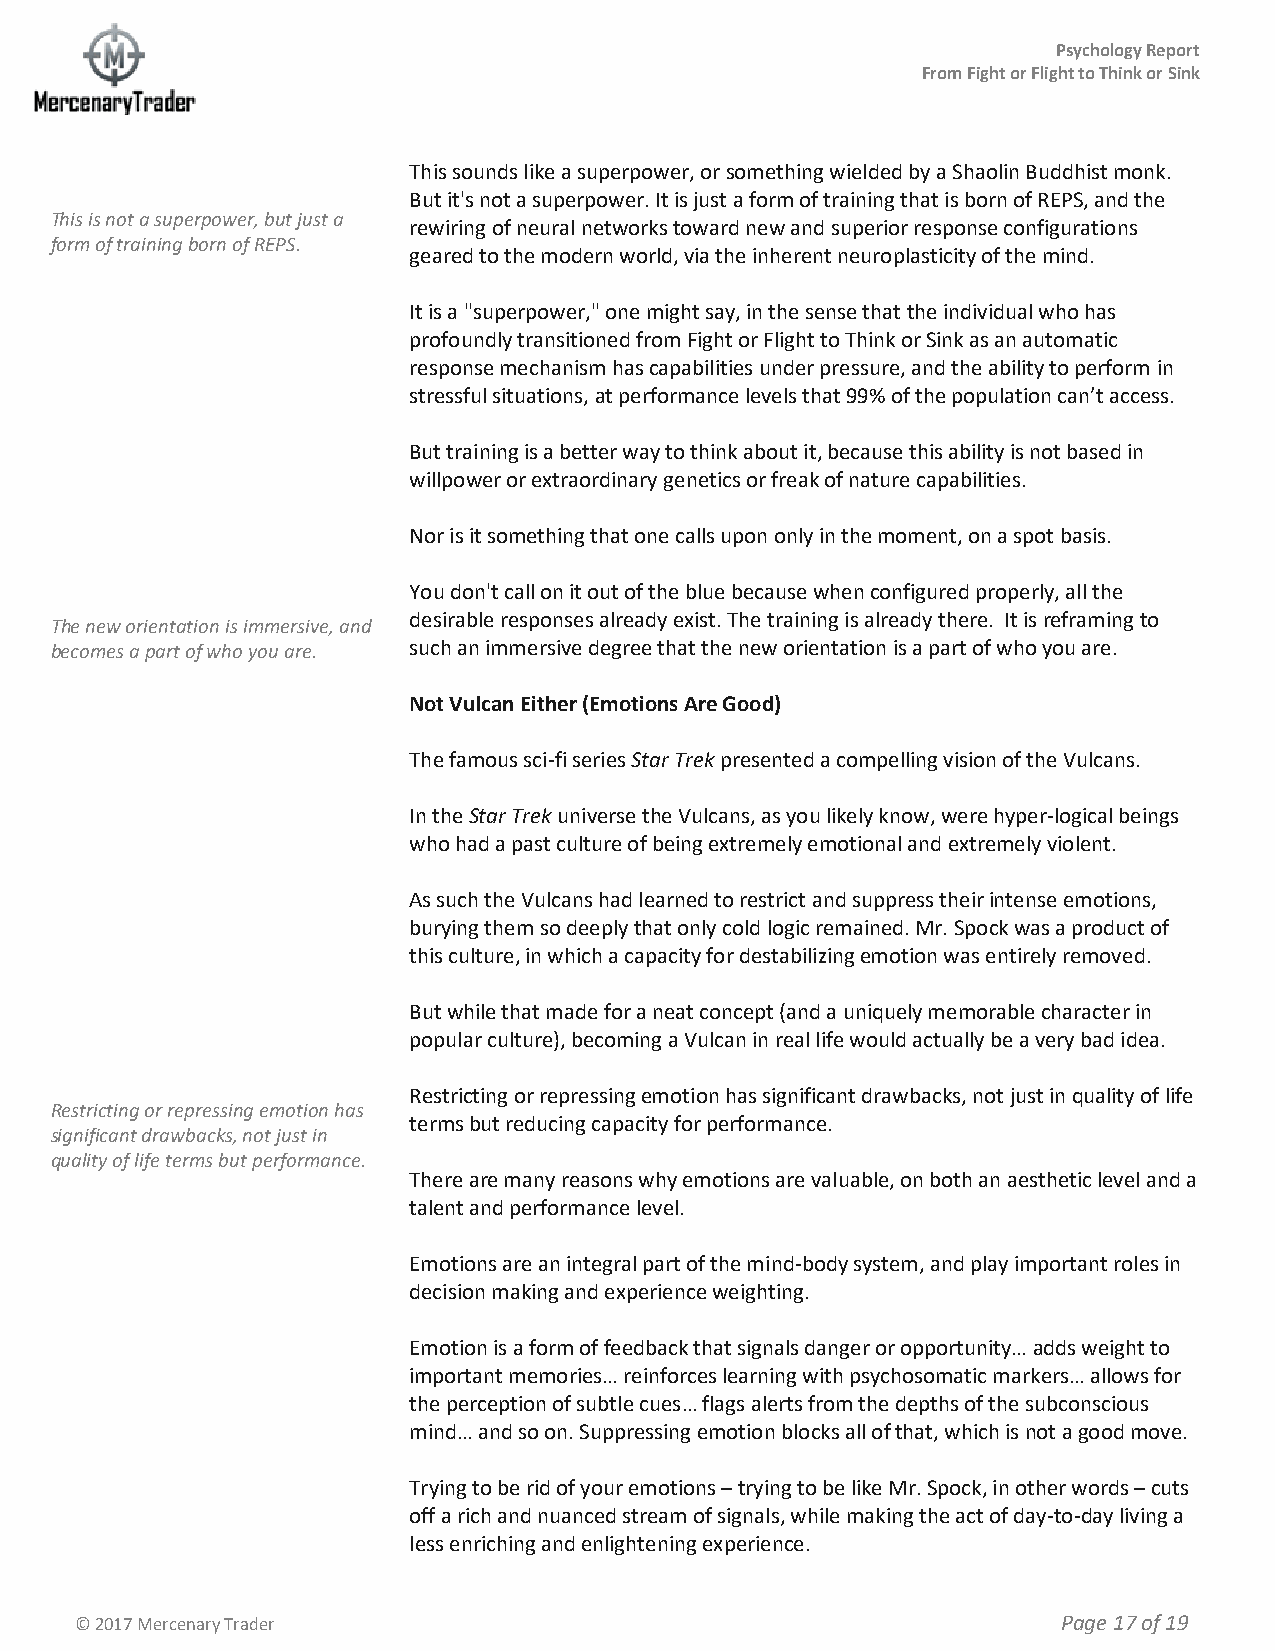
Psychology Report
 From Fight or Flight to Think or Sink
 This sounds like a superpower, or something wielded by a Shaolin Buddhist monk.
 But it's not a superpower. It is just a form of training that is born of REPS, and the
 This is not a superpower, but just a
 rewiring of neural networks toward new and superior response configurations
 form of training born of REPS.
 geared to the modern world, via the inherent neuroplasticity of the mind.
 It is a "superpower," one might say, in the sense that the individual who has
 profoundly transitioned from Fight or Flight to Think or Sink as an automatic
 response mechanism has capabilities under pressure, and the ability to perform in
 stressful situations, at performance levels that 99% of the population can’t access.
 But training is a better way to think about it, because this ability is not based in
 willpower or extraordinary genetics or freak of nature capabilities.
 Nor is it something that one calls upon only in the moment, on a spot basis.
 You don't call on it out of the blue because when configured properly, all the
 desirable responses already exist. The training is already there. It is reframing to
 The new orientation is immersive, and
 becomes a part of who you are. such an immersive degree that the new orientation is a part of who you are.
 Not Vulcan Either (Emotions Are Good)
 The famous sci-fi series Star Trek presented a compelling vision of the Vulcans.
 In the Star Trek universe the Vulcans, as you likely know, were hyper-logical beings
 who had a past culture of being extremely emotional and extremely violent.
 As such the Vulcans had learned to restrict and suppress their intense emotions,
 burying them so deeply that only cold logic remained. Mr. Spock was a product of
 this culture, in which a capacity for destabilizing emotion was entirely removed.
 But while that made for a neat concept (and a uniquely memorable character in
 popular culture), becoming a Vulcan in real life would actually be a very bad idea.
 Restricting or repressing emotion has significant drawbacks, not just in quality of life
 Restricting or repressing emotion has
 terms but reducing capacity for performance.
 significant drawbacks, not just in
 quality of life terms but performance.
 There are many reasons why emotions are valuable, on both an aesthetic level and a
 talent and performance level.
 Emotions are an integral part of the mind-body system, and play important roles in
 decision making and experience weighting.
 Emotion is a form of feedback that signals danger or opportunity… adds weight to
 important memories… reinforces learning with psychosomatic markers… allows for
 the perception of subtle cues… flags alerts from the depths of the subconscious
 mind… and so on. Suppressing emotion blocks all of that, which is not a good move.
 Trying to be rid of your emotions – trying to be like Mr. Spock, in other words – cuts
 off a rich and nuanced stream of signals, while making the act of day-to-day living a
 less enriching and enlightening experience.
 © 2017 Mercenary Trader                                          Page 17 of 19